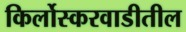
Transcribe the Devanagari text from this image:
किर्लोस्करवाडीतील